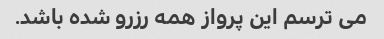
می ترسم این پرواز همه رزرو شده باشد.